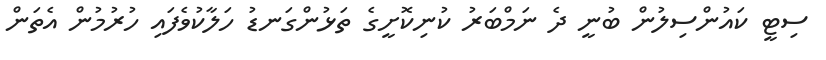
ސިޓީ ކައުންސިލުން ބުނީ ދެ ނަމްބަރު ކުނިކޮށީގެ ތަޅުންގަނޑު ހަލާކުވެފައި ހުރުމުން އެތަން